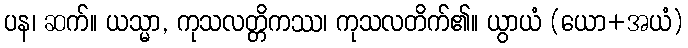
ပန၊ ဆက်။ ယသ္မာ, ကုသလတ္တိကဿ၊ ကုသလတိက်၏။ ယွာယံ (ယော+အယံ)